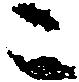
ニ